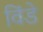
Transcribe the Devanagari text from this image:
विंडे